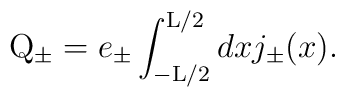
{\rm Q}_{\pm} = e_{\pm} \int_{-{\rm L}/2}^{{\rm L}/2} dx j_{\pm}(x).